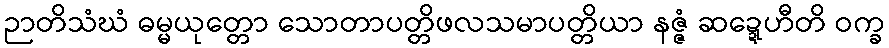
ဉာတိသံဃံ ဓမ္မယုတ္တော သောတာပတ္တိဖလသမာပတ္တိယာ နဇ္ဇံ ဆဍ္ဍေဟီတိ ဝက္ခ